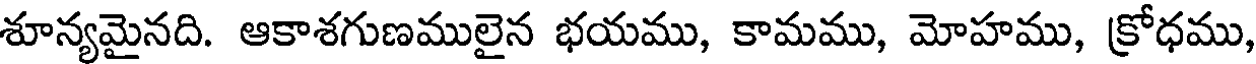
శూన్యమైనది. ఆకాశగుణములైన భయము, కామము, మోహము, క్రోధము,